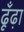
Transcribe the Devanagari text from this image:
ढूँंढ़ा